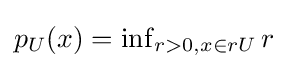
{\textstyle p_{U}(x)=\inf _{r>0,x\in rU}r}